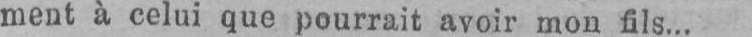
ment à celui que pourrait avoir mon fils...